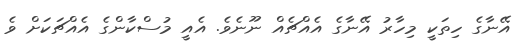
އޭނާގެ ހިތަކީ މިހާރު އޭނާގެ އެއްޗެއް ނޫނެވެ. އެއީ މުސްކާންގެ އެއްޗަކަށް ވެ